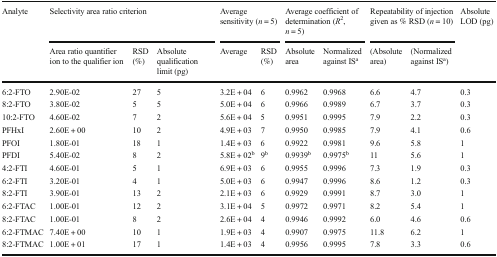
<table><thead><tr><td rowspan="2"><b>Analyte</b></td><td colspan="3"><b>Selectivity area ratio criterion</b></td><td colspan="2"><b>Average sensitivity (<i>n</i> = 5)</b></td><td colspan="2"><b>Average coefficient of determination (<i>R</i><sup>2</sup>, <i>n</i> = 5)</b></td><td colspan="2"><b>Repeatability of injection given as % RSD (<i>n</i> = 10)</b></td><td rowspan="2"><b>Absolute LOD (pg)</b></td></tr><tr><td><b>Area ratio quantifier ion to the qualifier ion</b></td><td><b>RSD (%)</b></td><td><b>Absolute qualification limit (pg)</b></td><td><b>Average</b></td><td><b>RSD (%)</b></td><td><b>Absolute area</b></td><td><b>Normalized against IS<sup>a</sup></b></td><td><b>(Absolute area)</b></td><td><b>(Normalized against IS<sup>a</sup>)</b></td></tr></thead><tbody><tr><td>6:2-FTO</td><td>2.90E-02</td><td>27</td><td>5</td><td>3.2E + 04</td><td>6</td><td>0.9962</td><td>0.9968</td><td>6.6</td><td>4.7</td><td>0.3</td></tr><tr><td>8:2-FTO</td><td>3.80E-02</td><td>5</td><td>5</td><td>5.0E + 04</td><td>6</td><td>0.9966</td><td>0.9989</td><td>6.7</td><td>3.7</td><td>0.3</td></tr><tr><td>10:2-FTO</td><td>4.60E-02</td><td>7</td><td>2</td><td>5.6E + 04</td><td>5</td><td>0.9951</td><td>0.9995</td><td>7.9</td><td>2.2</td><td>0.3</td></tr><tr><td>PFHxI</td><td>2.60E + 00</td><td>10</td><td>2</td><td>4.9E + 03</td><td>7</td><td>0.9950</td><td>0.9985</td><td>7.9</td><td>4.1</td><td>0.6</td></tr><tr><td>PFOI</td><td>1.80E-01</td><td>18</td><td>1</td><td>1.4E + 03</td><td>6</td><td>0.9922</td><td>0.9981</td><td>9.6</td><td>5.8</td><td>1</td></tr><tr><td>PFDI</td><td>5.40E-02</td><td>8</td><td>2</td><td>5.8E + 02<sup>b</sup></td><td>9<sup>b</sup></td><td>0.9939<sup>b</sup></td><td>0.9975<sup>b</sup></td><td>11</td><td>5.6</td><td>1</td></tr><tr><td>4:2-FTI</td><td>4.60E-01</td><td>5</td><td>1</td><td>6.9E + 03</td><td>6</td><td>0.9955</td><td>0.9996</td><td>7.3</td><td>1.9</td><td>0.3</td></tr><tr><td>6:2-FTI</td><td>3.20E-01</td><td>4</td><td>1</td><td>5.0E + 03</td><td>6</td><td>0.9947</td><td>0.9996</td><td>8.6</td><td>1.2</td><td>0.3</td></tr><tr><td>8:2-FTI</td><td>3.90E-01</td><td>13</td><td>2</td><td>2.1E + 03</td><td>6</td><td>0.9929</td><td>0.9991</td><td>8.7</td><td>3.0</td><td>1</td></tr><tr><td>6:2-FTAC</td><td>1.00E-01</td><td>12</td><td>2</td><td>3.1E + 04</td><td>5</td><td>0.9972</td><td>0.9971</td><td>8.2</td><td>5.4</td><td>1</td></tr><tr><td>8:2-FTAC</td><td>1.00E-01</td><td>8</td><td>2</td><td>2.6E + 04</td><td>4</td><td>0.9946</td><td>0.9992</td><td>6.0</td><td>4.6</td><td>0.6</td></tr><tr><td>6:2-FTMAC</td><td>7.40E + 00</td><td>10</td><td>1</td><td>1.9E + 03</td><td>4</td><td>0.9907</td><td>0.9975</td><td>11.8</td><td>6.2</td><td>1</td></tr><tr><td>8:2-FTMAC</td><td>1.00E + 01</td><td>17</td><td>1</td><td>1.4E + 03</td><td>4</td><td>0.9956</td><td>0.9995</td><td>7.8</td><td>3.3</td><td>0.6</td></tr></tbody></table>